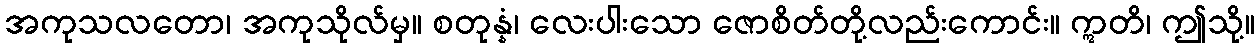
အကုသလတော၊ အကုသိုလ်မှ။ စတုန္နံ၊ လေးပါးသော ဇောစိတ်တို့လည်းကောင်း။ ဣတိ၊ ဤသို့။